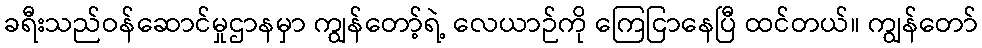
ခရီးသည်ဝန်ဆောင်မှုဌာနမှာ ကျွန်တော့်ရဲ့ လေယာဉ်ကို ကြေငြာနေပြီ ထင်တယ်။ ကျွန်တော်